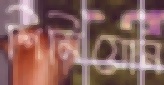
শিমিয়োন